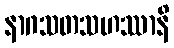
နာဂသတသဟဿာနိ